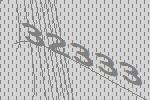
32333